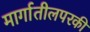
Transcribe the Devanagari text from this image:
मार्गातीलपरकी